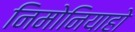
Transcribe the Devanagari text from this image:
निमोनियाहो